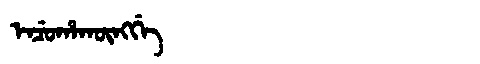
Manchu: ᡝᠨᠴᡠᡥᠠᡴᡡᠩᡤᡝ
Romanization: ENCUHAKŪNGGE